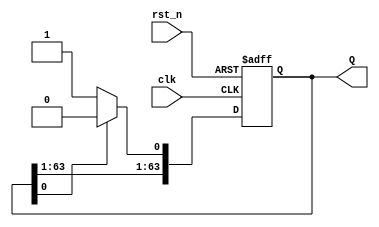

 module JC_counter(
    input clk,
    input rst_n,
    output reg [63:0] Q
    );
    always @(posedge clk or negedge rst_n) begin
        if (!rst_n)
            Q <= 64'b0;
        else if (!Q[0])
            Q <= {Q[63:1], 1'b1};
        else
            Q <= {Q[63:1], 1'b0};
    end
endmodule